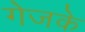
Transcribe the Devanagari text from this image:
गेजके